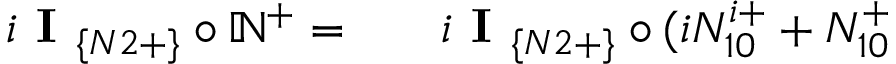
\begin{array} { r l r } { i \textbf { I } _ { \{ N 2 + \} } \circ \mathbb { N } ^ { + } = } & { { } } & { i \textbf { I } _ { \{ N 2 + \} } \circ ( i N _ { 1 0 } ^ { i + } + N _ { 1 0 } ^ { + } } \end{array}